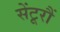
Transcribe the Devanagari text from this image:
सेंटूरौं